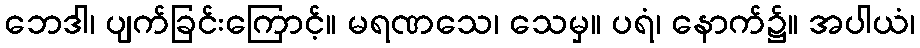
ဘေဒါ၊ ပျက်ခြင်းကြောင့်။ မရဏသေ၊ သေမှ။ ပရံ၊ နောက်၌။ အပါယံ၊